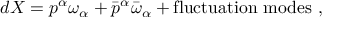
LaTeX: d X = p ^ { \alpha } \omega _ { \alpha } + \bar { p } ^ { \alpha } \bar { \omega } _ { \alpha } + \mathrm { f l u c t u a t i o n ~ m o d e s } ~ ,